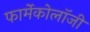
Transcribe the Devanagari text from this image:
फार्मेकोलॉजी